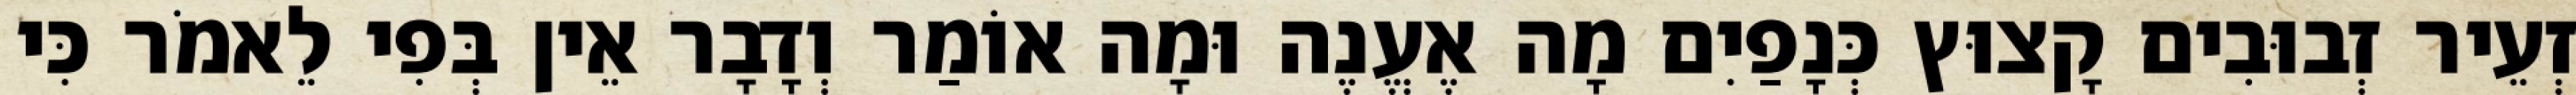
זְעֵיר זְבוּבִים קָצוּץ כְּנָפַיִם מָה אֶעֱנֶה וּמָה אוֹמַר וְדָבָר אֵין בְּפִי לֵאמֹר כִּי